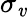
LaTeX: \sigma_{\mathit{v}}